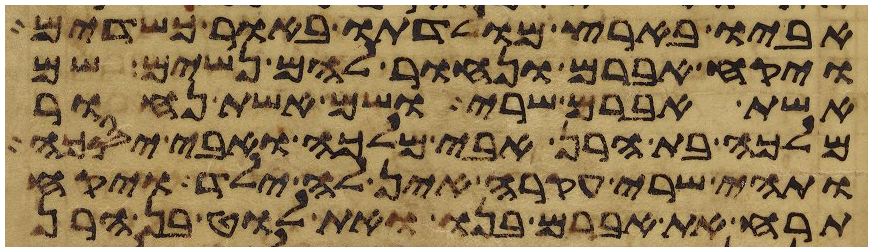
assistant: אביו בארץ מולדתו באור כשדים
ויקח אברם ונחור להם נשים שם
אשת אברם שרי ושם אשת נחור
מלכה בת הרן אבי מלכה ואבי יסכה
ותהי שרי עקרה אין לה ילד ויקח
תרח את אברם בנו ואת לוט בן הרן